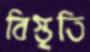
বিস্তৃতি